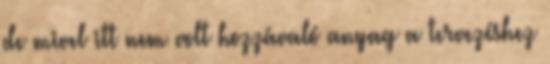
de mivel itt nem volt hozzávaló anyag a tervezéshez